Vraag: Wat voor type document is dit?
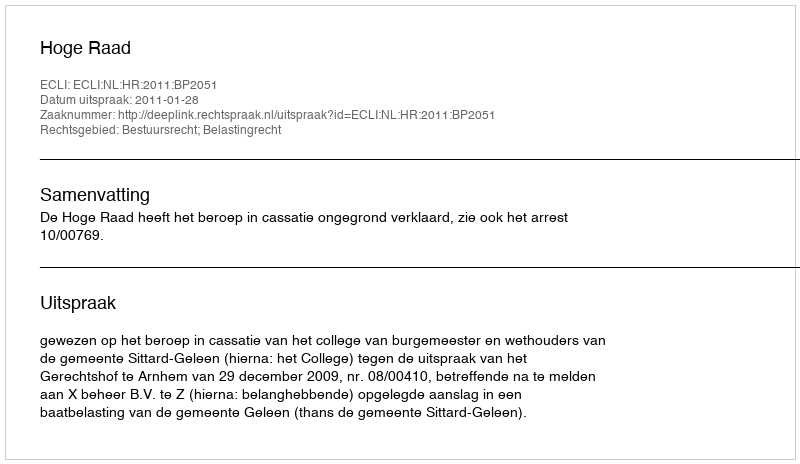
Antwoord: Uitspraak